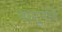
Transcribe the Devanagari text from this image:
नामूनोने